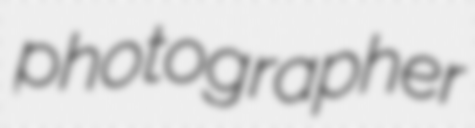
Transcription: photographer